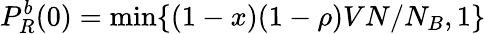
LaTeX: P_{R}^{b}(0)=\mathrm{min}\{ (1-x)(1-\rho)VN/N_{B},1\}